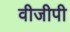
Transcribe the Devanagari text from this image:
वीजीपी